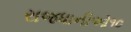
રાજધાનીઓ૧૦